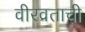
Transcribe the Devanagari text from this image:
वीरव्रताची